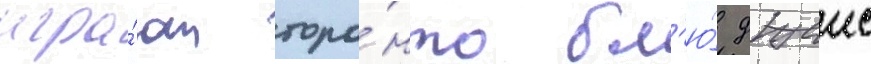
игра́ют торо́нто бл'ю́ джеис